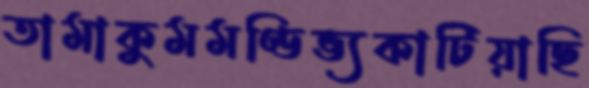
তামাকুমমণ্ডিভ্যকাটিয়াছি